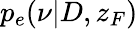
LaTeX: p_{e}(\nu|D,z_{F})